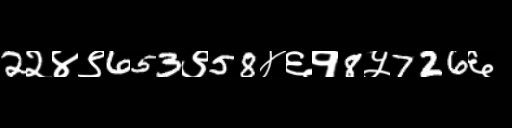
Text: 2२४९653९58४६१8५726६